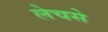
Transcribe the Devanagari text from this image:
लेचसे